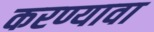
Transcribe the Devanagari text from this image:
करण्यावा